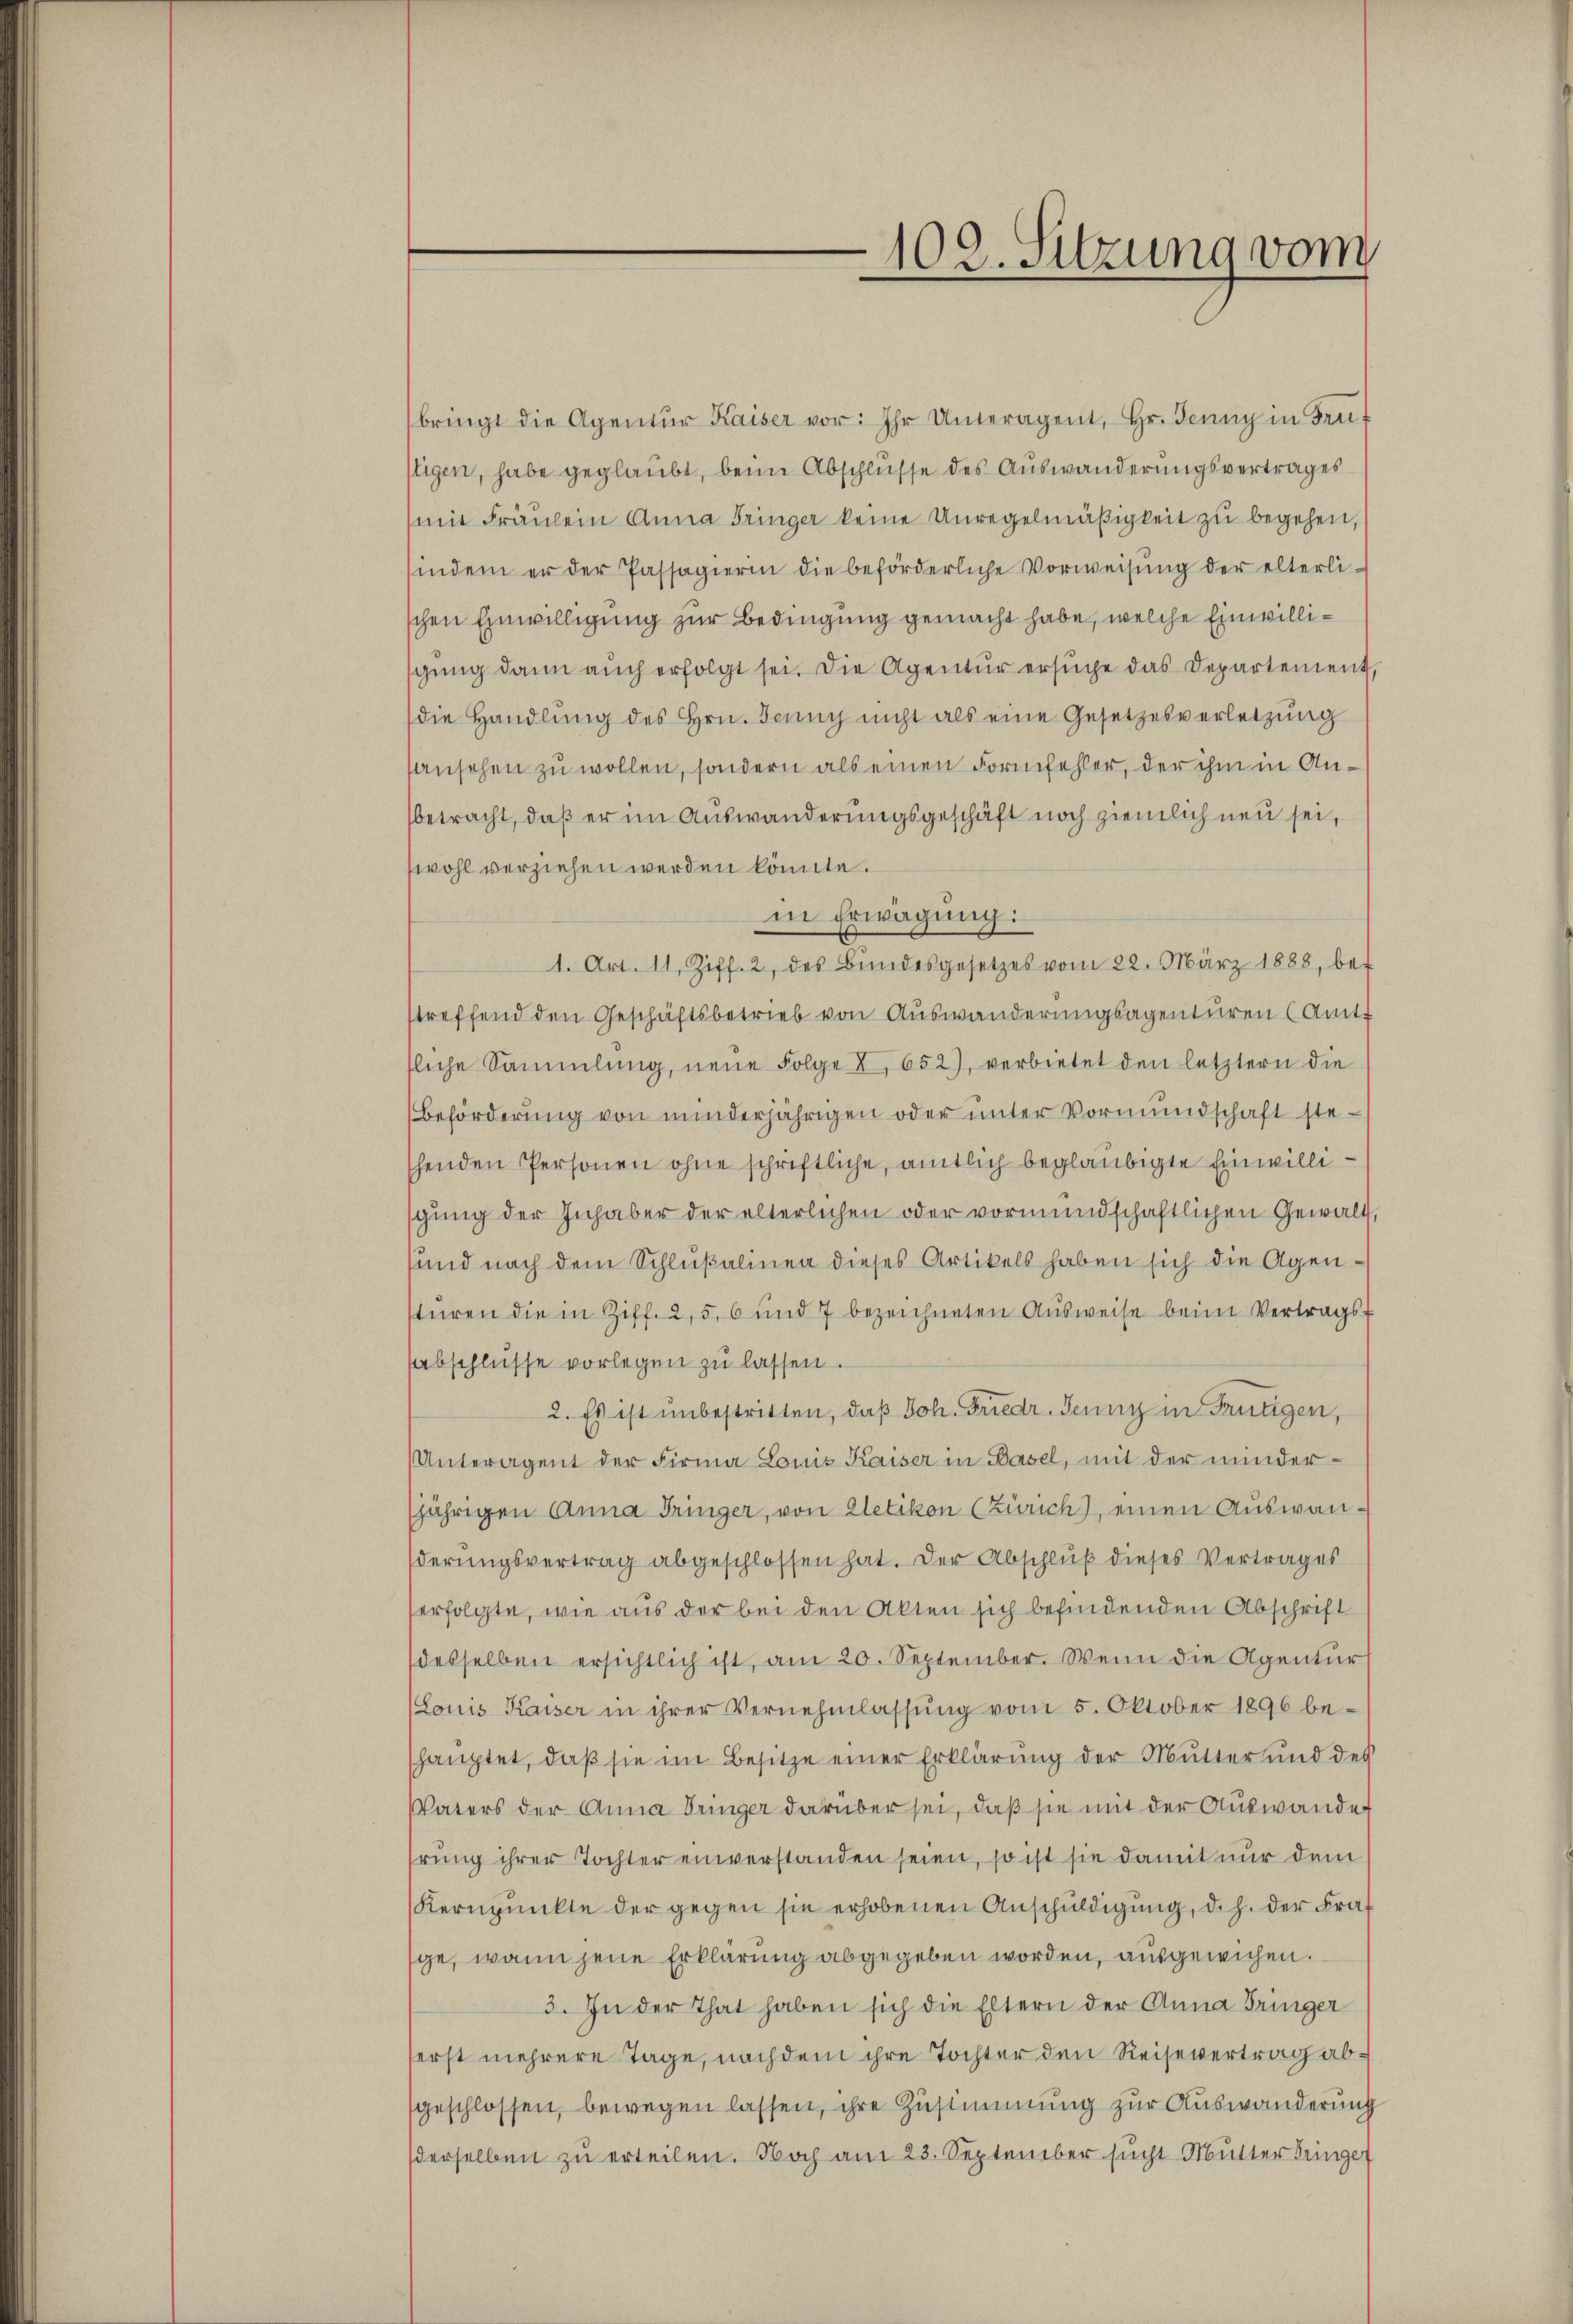
102. Sitzung vom

bringt die Agentŭr Kaiser vor: Ihr Unteragent, Hr. Jenny in Fru
stigen, habe geglaubt, beim Abschlusse des Auswanderungsvertrages
(mit Fräŭlein Anna Tringer keine Unregelmäßigkeit zu begehen,
sindem er der Passagierin die beförderliche Vorweisŭng der elterlischen Einwilligung zur Bedingung gemacht habe, welche Einwillisgung dann auch erfolgt sei. Die Agentur ersuche das Departement,
die Handlung des Hrn. Jenny nicht als eine Gesetzesverletzung
ansehen zu wollen, sondern als einen Formfehler, der ihm in Anbetracht, daß er im Auswanderungsgeschäft noch ziemlich neu sei,
swohl verziehen werden könnte.
in Erwägung:
1. Art. 11, Ziff. 2, des Bŭndesgesetzes vom 22. März 1888, be-
streffend den Geschäftsbetrieb von Auswanderungsagenturen (Amt
fliche Sammlung, neŭe Folge I 652), verbietet den letztern die
Beförderung von minderjährigen oder unter Vormundschaft steshenden Personen ohne schriftliche, amtlich beglaubigte Einwillisgŭng der Inhaber der älterlichen oder vormundschaftlichen Gewalt,
sund nach dem Schlußalinea dieses Artikels haben sich die Agenstüren die in Ziff. 2, 5, 6 und 7 bezeichneten Aŭsweise beim Vertrags-
abschlüsse vorlegen zu lassen.
2. Es ist unbestritten, daß Joh. Friedr. Jenny in Frutigen,
Unteragent der Firma Louis Kaiser in Basel, mit der minder-
jährigen Anna Tringer, von Kletikon (Zürich), einen Auswanderungsvertrag abgeschlossen hat. Der Abschluß dieses Vertrages
erfolgte, wie aus der bei den Akten sich befindenden Abschrift
desselben ersichtlich ist, am 20. September. Wenn die Agentur
(Louis Kaiser in ihrer Vernehmlassŭng vom 5. Oktober 1896 be-
shauptet, daß sie im Besitze einer Erklärung der Mutter und des
Vaters der Anna Tringer darüber sei, daß sie mit der Auswande
hrung ihrer Tochter einverstanden seien, so ist sie damit nur dem
Kernpunkte der gegen sie erhobenen Anschuldigung, d. h. der Fra
ge, wenn jene Erklärung abgegeben worden, ausgewichen.
3. In der That haben sich die Eltern der Anna Tringer
serst mehrere Tage, nachdem ihre Tochter den Reisevertrag absgeschlossen, bewegen lassen, ihre Zustimmung zur Auswanderung
derselben zu erteilen. Noch am 23. September sucht Mutter dringer